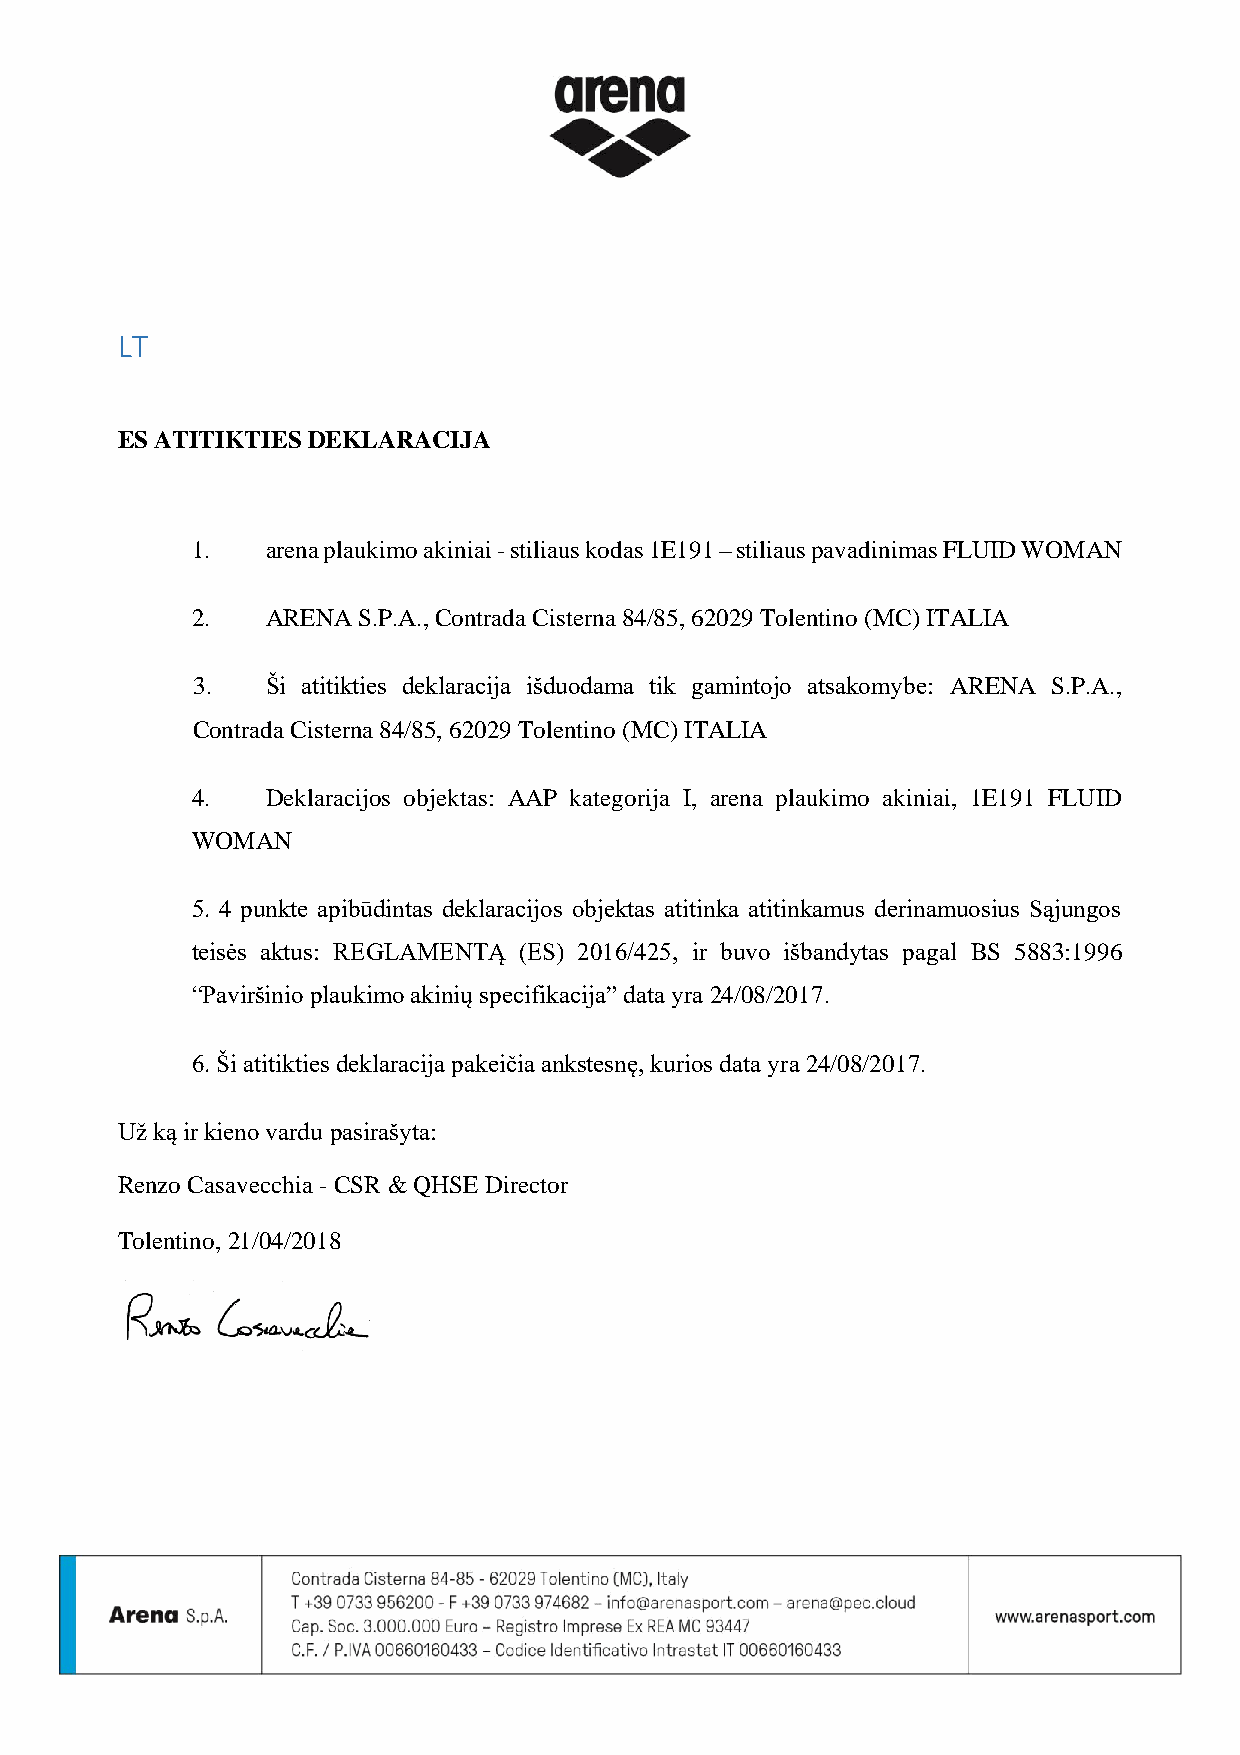
LT
 ES ATITIKTIES DEKLARACIJA
 1.   arena plaukimo akiniai - stiliaus kodas 1E191 – stiliaus pavadinimas FLUID WOMAN
 2.   ARENA S.P.A., Contrada Cisterna 84/85, 62029 Tolentino (MC) ITALIA
 3.   Ši atitikties deklaracija išduodama tik gamintojo atsakomybe: ARENA S.P.A.,
 Contrada Cisterna 84/85, 62029 Tolentino (MC) ITALIA
 4.   Deklaracijos objektas: AAP kategorija I, arena plaukimo akiniai, 1E191 FLUID
 WOMAN
 5. 4 punkte apibūdintas deklaracijos objektas atitinka atitinkamus derinamuosius Sąjungos
 teisės aktus: REGLAMENTĄ (ES) 2016/425, ir buvo išbandytas pagal BS 5883:1996
 “Paviršinio plaukimo akinių specifikacija” data yra 24/08/2017.
 6. Ši atitikties deklaracija pakeičia ankstesnę, kurios data yra 24/08/2017.
 Už ką ir kieno vardu pasirašyta:
 Renzo Casavecchia - CSR & QHSE Director
 Tolentino, 21/04/2018